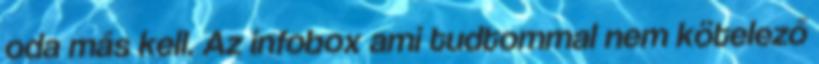
oda más kell. Az infobox ami tudtommal nem kötelező